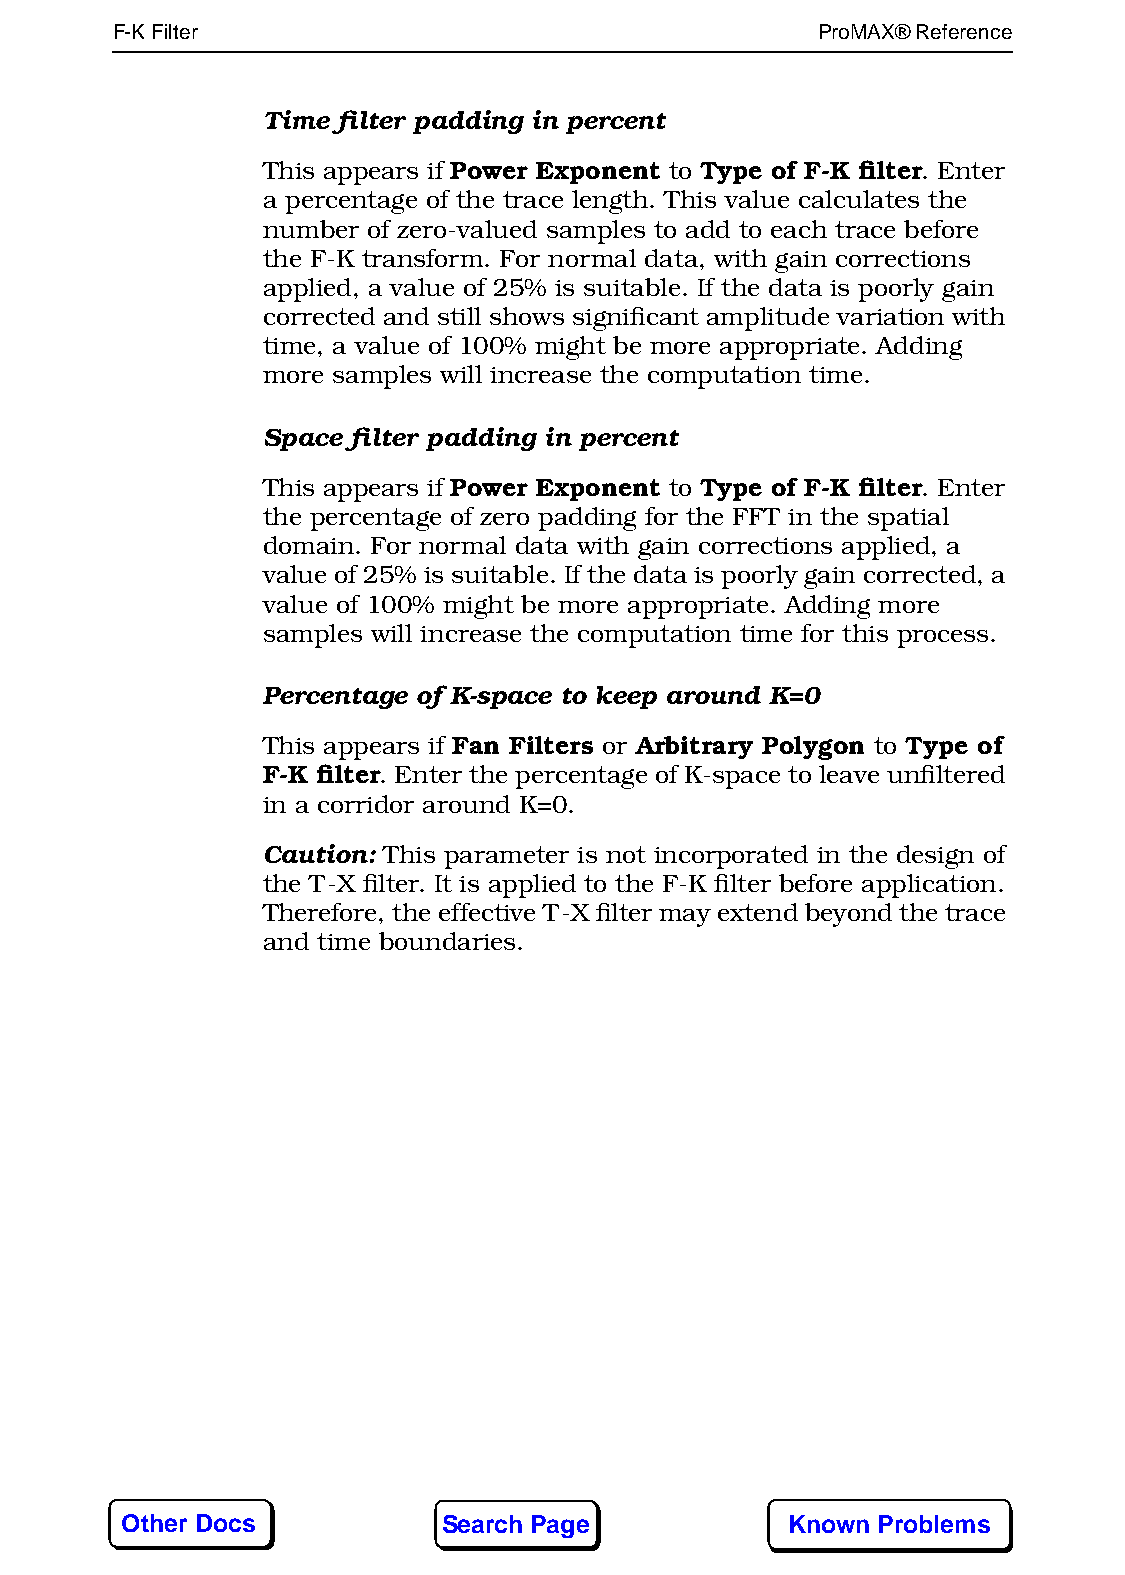
F-K Filter165                                  ProMAX® Reference
 Time filter padding in percent
 This appears if Power Exponent to Type of F-K filter. Enter
 a percentage of the trace length. This value calculates the
 number of zero-valued samples to add to each trace before
 the F-K transform. For normal data, with gain corrections
 applied, a value of 25% is suitable. If the data is poorly gain
 corrected and still shows significant amplitude variation with
 time, a value of 100% might be more appropriate. Adding
 more samples will increase the computation time.
 Space filter padding in percent
 This appears if Power Exponent to Type of F-K filter. Enter
 the percentage of zero padding for the FFT in the spatial
 domain. For normal data with gain corrections applied, a
 value of 25% is suitable. If the data is poorly gain corrected, a
 value of 100% might be more appropriate. Adding more
 samples will increase the computation time for this process.
 Percentage of K-space to keep around K=0
 This appears if Fan Filters or Arbitrary Polygon to Type of
 F-K filter. Enter the percentage of K-space to leave unfiltered
 in a corridor around K=0.
 Caution: This parameter is not incorporated in the design of
 the T-X filter. It is applied to the F-K filter before application.
 Therefore, the effective T-X filter may extend beyond the trace
 and time boundaries.
 Other Docs           Search Page            Known Problems